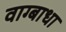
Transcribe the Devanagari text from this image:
वाग्बाधा